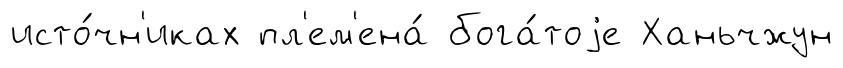
исто́чн'иках пл'ем'ена́ бога́тоjе Ханьчжун